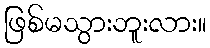
ဖြစ်မသွားဘူးလား။